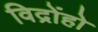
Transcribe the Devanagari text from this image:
विद्रोंहो